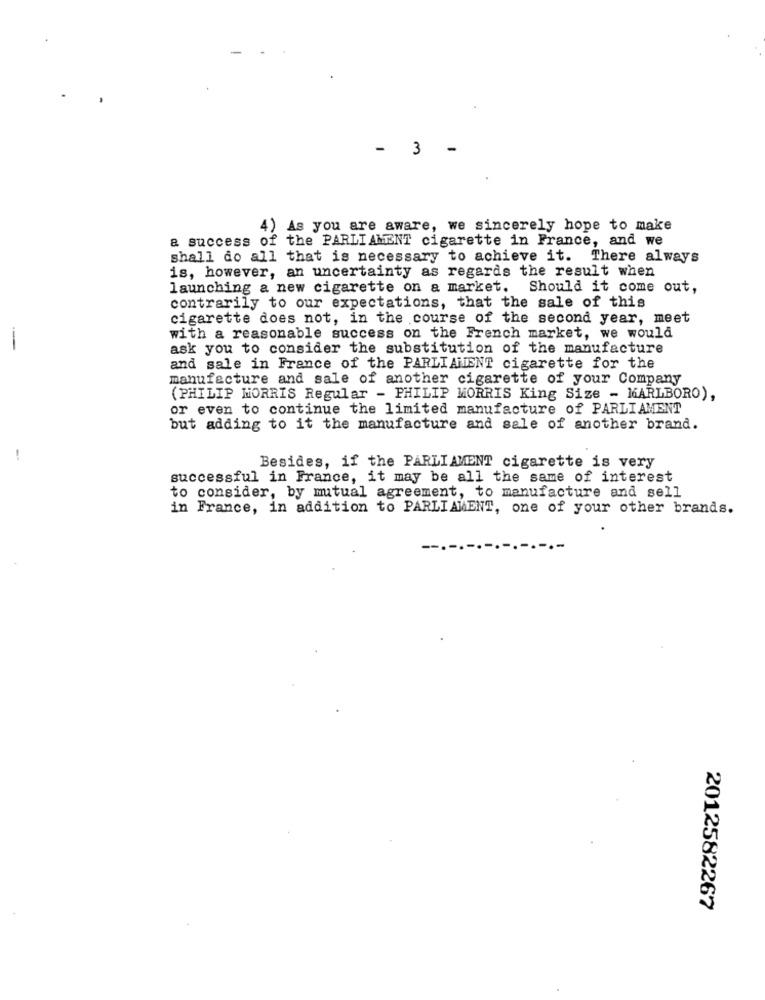
- 3
-
4) As you are aware, we sincerely hope to make
a success of the PARLIAMENT cigarette in France, and we
shall do all that is necessary to achieve it. There always
is, however, an uncertainty as regards the result when
launching a new cigarette on a market.
Should it come out,
contrarily to our expectations, that the sale of this
cigarette does not, in the course of the second year, meet
with a reasonable success on the French market, we would
ask you to consider the substitution of the manufacture
and sale in France of the PARLIAMENT cigarette for the
manufacture and sale of another cigarette of your Company
(PHILIP MORRIS Regular - PHILIP MORRIS King Size - MARLBORO),
or even to continue the limited manufacture of PARLIAMENT
but adding to it the manufacture and sale of another brand.
--
Besides, if the PARLIAMENT cigarette is very
successful in France, it may be all the same of interest
to consider, by mutual agreement, to manufacture and sell
in France, in addition to PARLIAMENT, one of your other brands.
2012582267